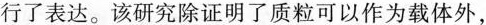
行了表达。该研究除证明了质粒可以作为载体外，